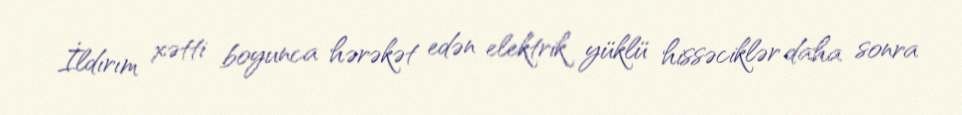
İldırım xətti boyunca hərəkət edən elektrik yüklü hissəciklər daha sonra